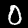
Digit: 0